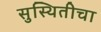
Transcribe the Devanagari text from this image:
सुस्थितीचा